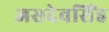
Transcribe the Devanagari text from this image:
जसदेवसिंह